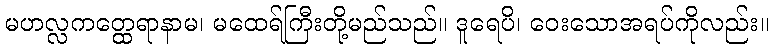
မဟလ္လကတ္ထေရာနာမ၊ မထေရ်ကြီးတို့မည်သည်။ ဒူရေပိ၊ ဝေးသောအရပ်ကိုလည်း။